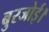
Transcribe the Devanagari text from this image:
बुरजोई।